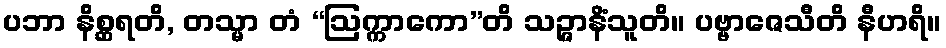
ပဘာ နိစ္ဆရတိ, တသ္မာ တံ “ဩက္ကာကော”တိ သဉ္ဇာနိံသူတိ။ ပဗ္ဗာဇေသီတိ နီဟရိ။